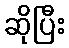
ဆိုပြီး